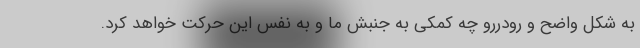
به شکل واضح و رودررو چه کمکی به جنبش ما و به نفس این حرکت خواهد کرد.